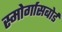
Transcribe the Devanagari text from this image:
स्मोर्गासबोर्ड